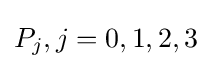
P_{j},j=0,1,2,3